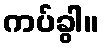
ကပ်ခွါ။